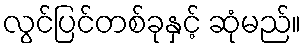
လွင်ပြင်တစ်ခုနှင့် ဆုံမည်။